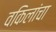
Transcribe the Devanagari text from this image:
वकिलांचा